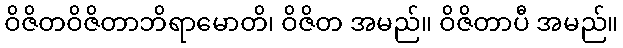
ဝိဇိတဝိဇိတာဘိရာမောတိ၊ ဝိဇိတ အမည်။ ဝိဇိတာပီ အမည်။